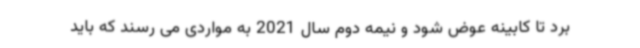
برد تا کابینه عوض شود و نیمه دوم سال 2021 به مواردی می رسند که باید